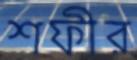
শফীর